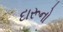
દારૂનો